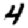
Digit: 4